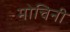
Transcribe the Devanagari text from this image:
मोचिनी